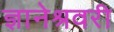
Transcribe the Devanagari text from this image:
ज्ञानेश्रवरी